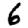
Digit: 6